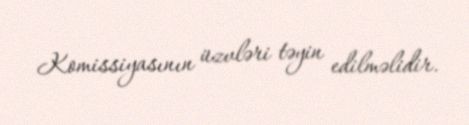
Komissiyasının üzvləri təyin edilməlidir.